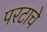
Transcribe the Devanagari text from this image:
परटाचे